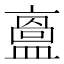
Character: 𥂬